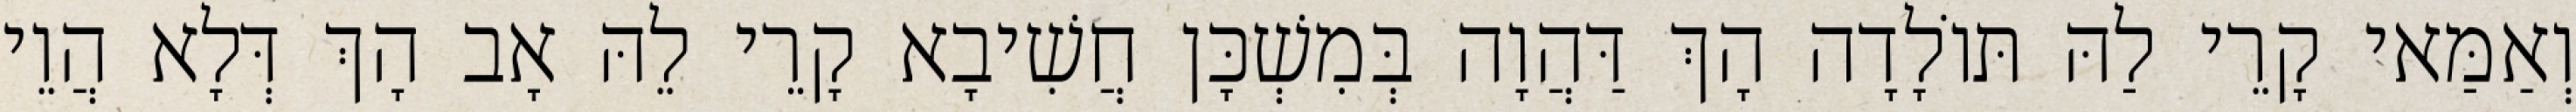
וְאַמַּאי קָרֵי לַהּ תּוֹלָדָה הָךְ דַּהֲוָה בְּמִשְׁכָּן חֲשִׁיבָא קָרֵי לֵהּ אָב הָךְ דְּלָא הֲוֵי